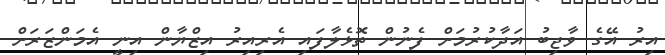
އިރު އޭގެ ވާޖިބު އަދާކުރުމަށް ފެނުން ތޮޅެލާފައި އެރިއިރު އިޒްޔާން އިނީ އެމަންޒަރަށް